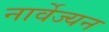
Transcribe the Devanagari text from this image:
नार्वेज्यन